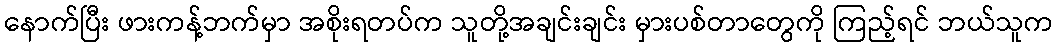
နောက်ပြီး ဖားကန့်ဘက်မှာ အစိုးရတပ်က သူတို့အချင်းချင်း မှားပစ်တာတွေကို ကြည့်ရင် ဘယ်သူက